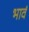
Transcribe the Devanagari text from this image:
भावं